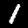
Label: 1